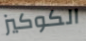
الكوكيز